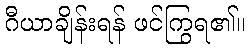
ဂီယာချိန်းရန် ဖင်ကြွရ၏။